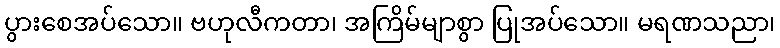
ပွားစေအပ်သော။ ဗဟုလီကတာ၊ အကြိမ်မျာစွာ ပြုအပ်သော။ မရဏသညာ၊